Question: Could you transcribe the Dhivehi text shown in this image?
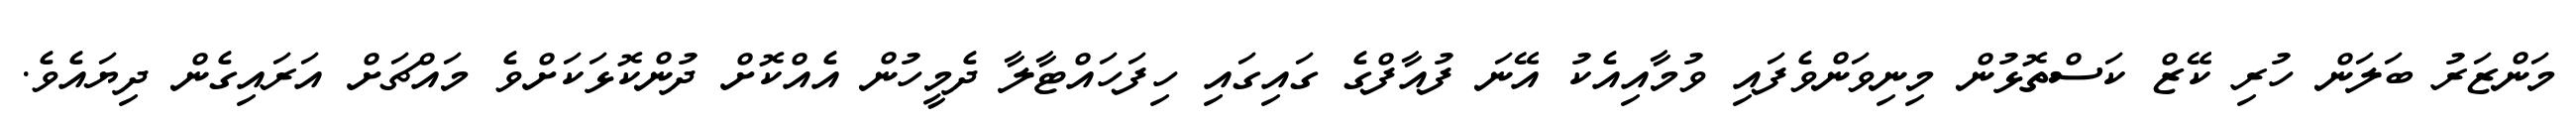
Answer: މަންޒަރު ބަލަން ހުރި ކޭޒް ކަސްތޮޅުން މިނިވަންވެފައި ވުމާއިއެކު އޭނަ ފުއާފްގެ ގައިގައި ހިފަހައްޓާލާ ދެމީހުން އެއްކޮށް ދުންކޮޅަކަށްވެ މައްޗަށް އަރައިގެން ދިޔައެވެ.